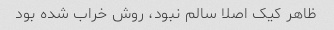
ظاهر کیک اصلا سالم نبود، روش خراب شده بود